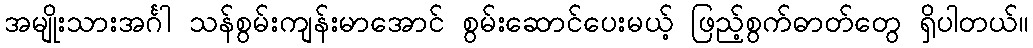
အမျိုးသားအင်္ဂါ သန်စွမ်းကျန်းမာအောင် စွမ်းဆောင်ပေးမယ့် ဖြည့်စွက်ဓာတ်တွေ ရှိပါတယ်။